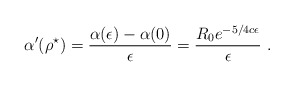
\begin{align*}\alpha^\prime(\rho^\star)=\frac{\alpha(\epsilon)-\alpha(0)}{\epsilon}=\frac{R_0e^{-5/4c\epsilon}}{\epsilon}\ .\end{align*}